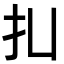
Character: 㧄